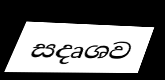
සදෘශව